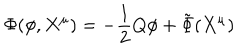
\Phi ( \phi , X ^ { \mu } ) = - \frac { 1 } { 2 } Q \phi + { \tilde { \Phi } } ( X ^ { \mu } )